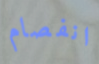
انفصام